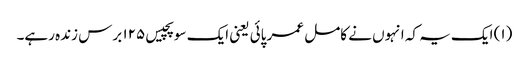
(۱) ایک یہ کہ انہوں نے کامل عمر پائی یعنی ایک سو پچیس ۱۲۵ برس زندہ رہے۔